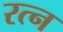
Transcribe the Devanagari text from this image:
रत्‍न